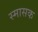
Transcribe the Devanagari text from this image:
स्मासक